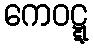
ကေဝဋ္ဋ